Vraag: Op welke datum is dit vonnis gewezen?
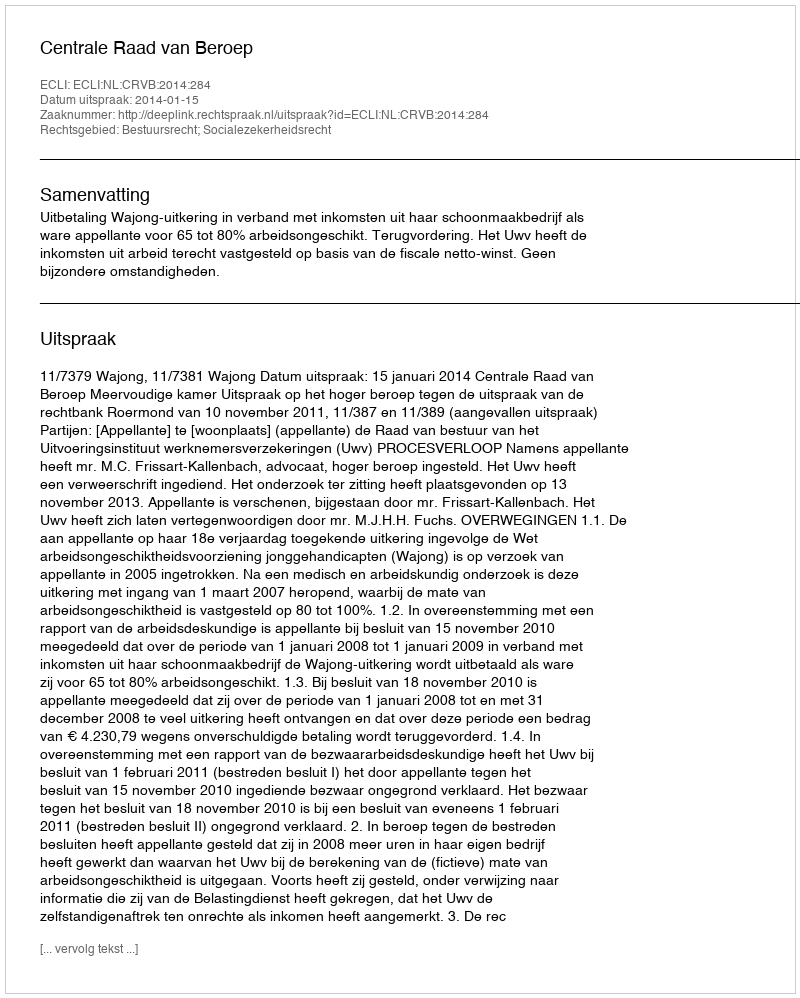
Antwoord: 2014-01-15